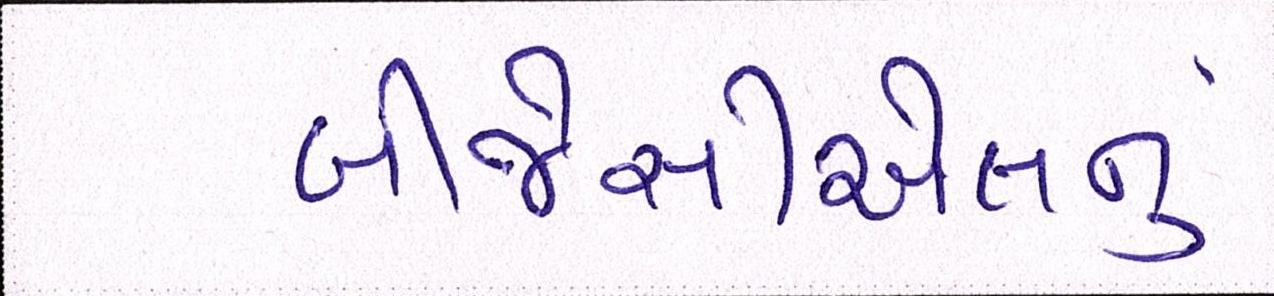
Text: બીજેસીએલનું